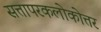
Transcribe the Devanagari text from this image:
सत्तापरकलोकोत्तर